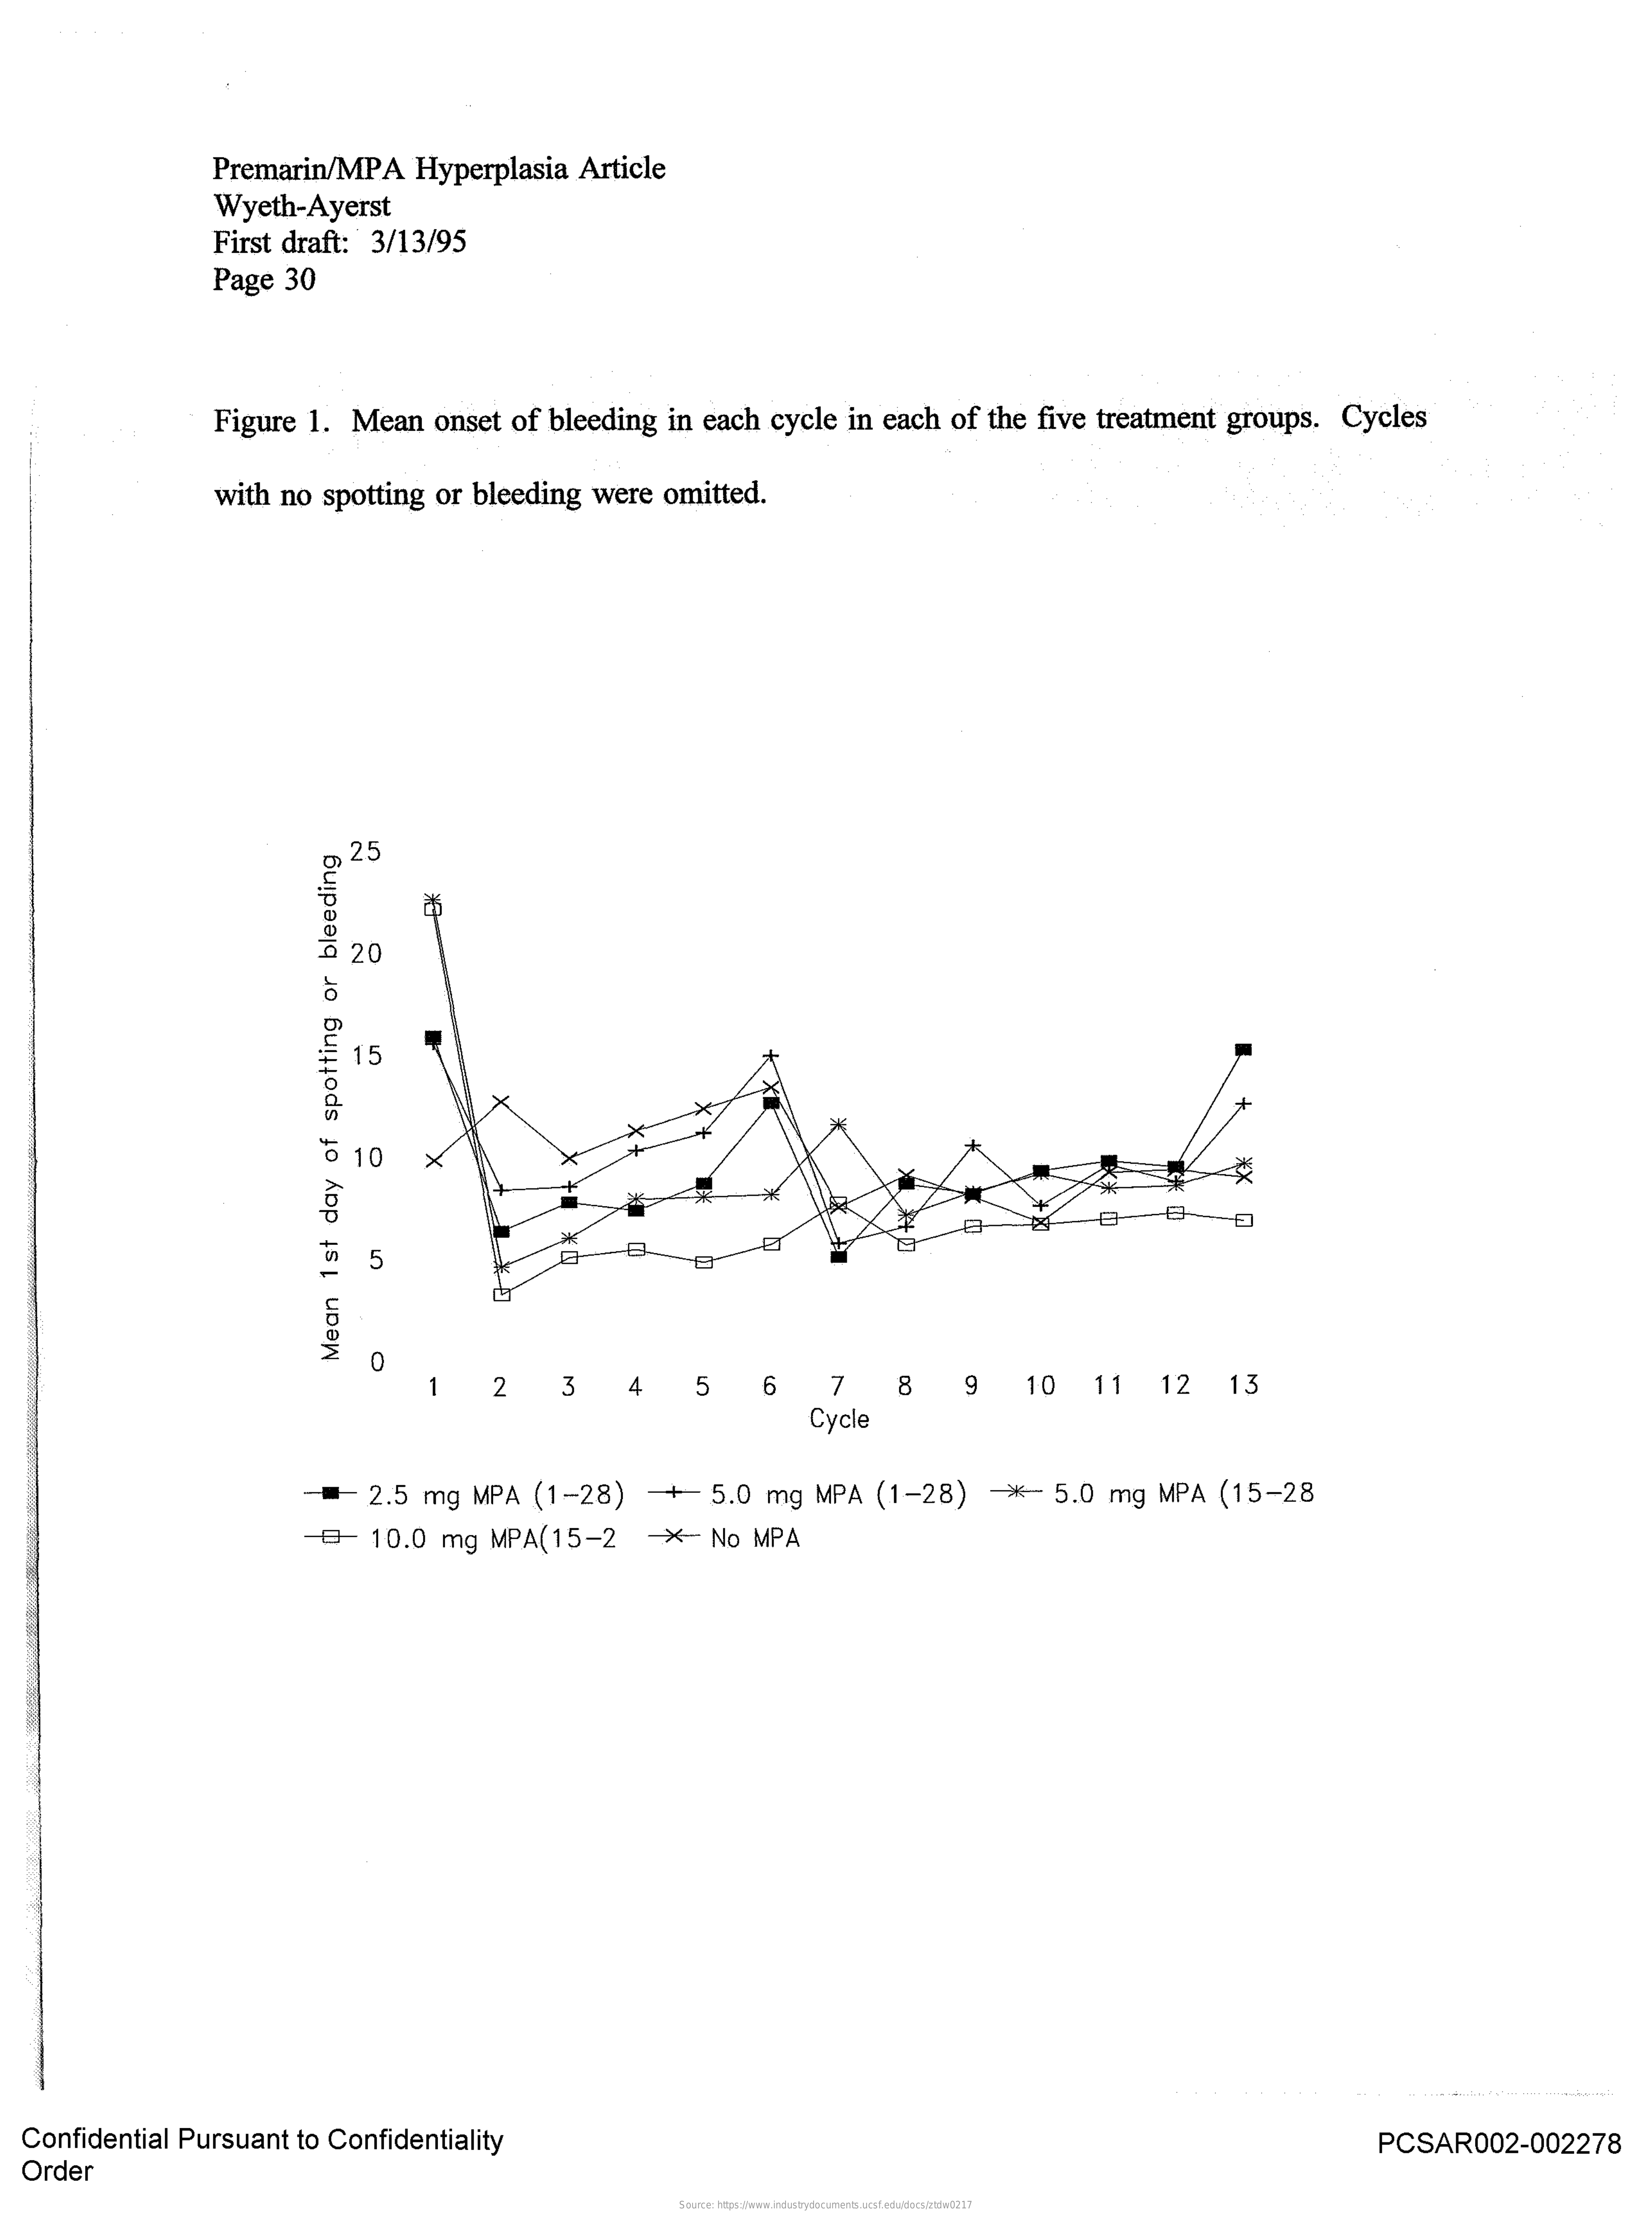
Premarin/MPA Hyperplasia Article
     Wyeth-Ayerst
     First draft: 3/13/95
     Page 30
     Figure 1. Mean onset of bleeding in each cycle in each of the five treatment groups. Cycles
     with no spotting or bleeding were omitted.
     25
     15
     ×
     5
     Mean
     1st
     day
     of
     spotting
     or
     bleeding
     1   2   3   4   5   6   7   8    9   10  11  12  13
     Cycle
     =- 2.5 mg MPA (1-28) -+ 5.0 mg MPA (1-28) *  5.0 mg MPA (15-28
     -=- 10.0 mg MPA(15-2 -X  No MPA
  Order
  Confidential Pursuant to Confidentiality    PCSAR002-002278
     Source: https://www.industrydocuments.ucsf.edu/docs/ztdw0217